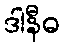
ဒါနီဓ